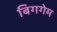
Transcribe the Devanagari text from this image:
बिगगेम